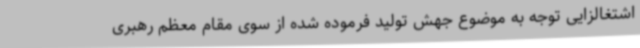
اشتغالزایی توجه به موضوع جهش تولید فرموده شده از سوی مقام معظم رهبری